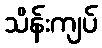
သိန်းကျပ်